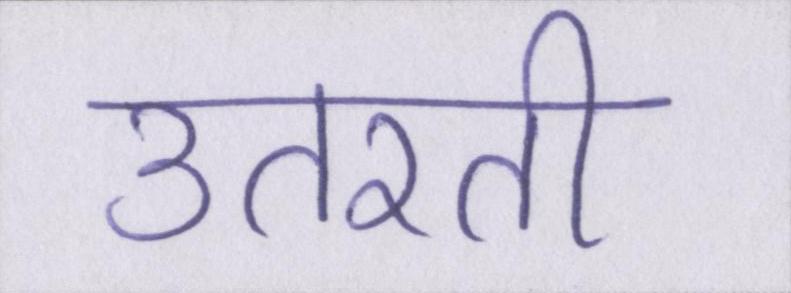
उतरती